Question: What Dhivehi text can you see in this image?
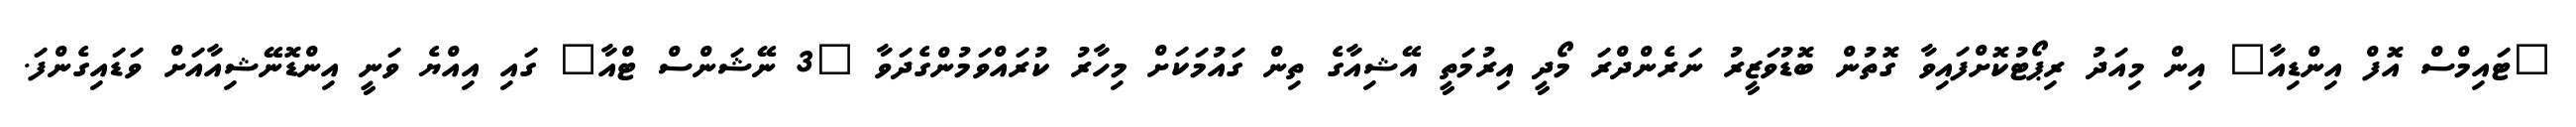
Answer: "ޓައިމްސް އޮފް އިންޑިއާ" އިން މިއަދު ރިޕޯޓުކޮށްފައިވާ ގޮތުން ބޮޑުވަޒީރު ނަރެންދްރަ މޯދީ އިރުމަތީ އޭޝިއާގެ ތިން ގައުމަކަށް މިހާރު ކުރައްވަމުންގެދަވާ "3 ނޭޝަންސް ޓްއާ" ގައި އިއްޔެ ވަނީ އިންޑޮނޭޝިއާއަށް ވަޑައިގެންފަ.